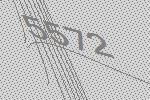
5572